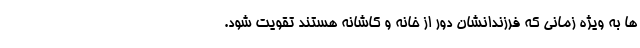
ها به ویژه زمانی که فرزندانشان دور از خانه و کاشانه هستند تقویت شود.